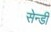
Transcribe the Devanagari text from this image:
सेन्डी